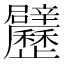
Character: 𲅉